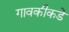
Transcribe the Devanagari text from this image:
गावकीकडे